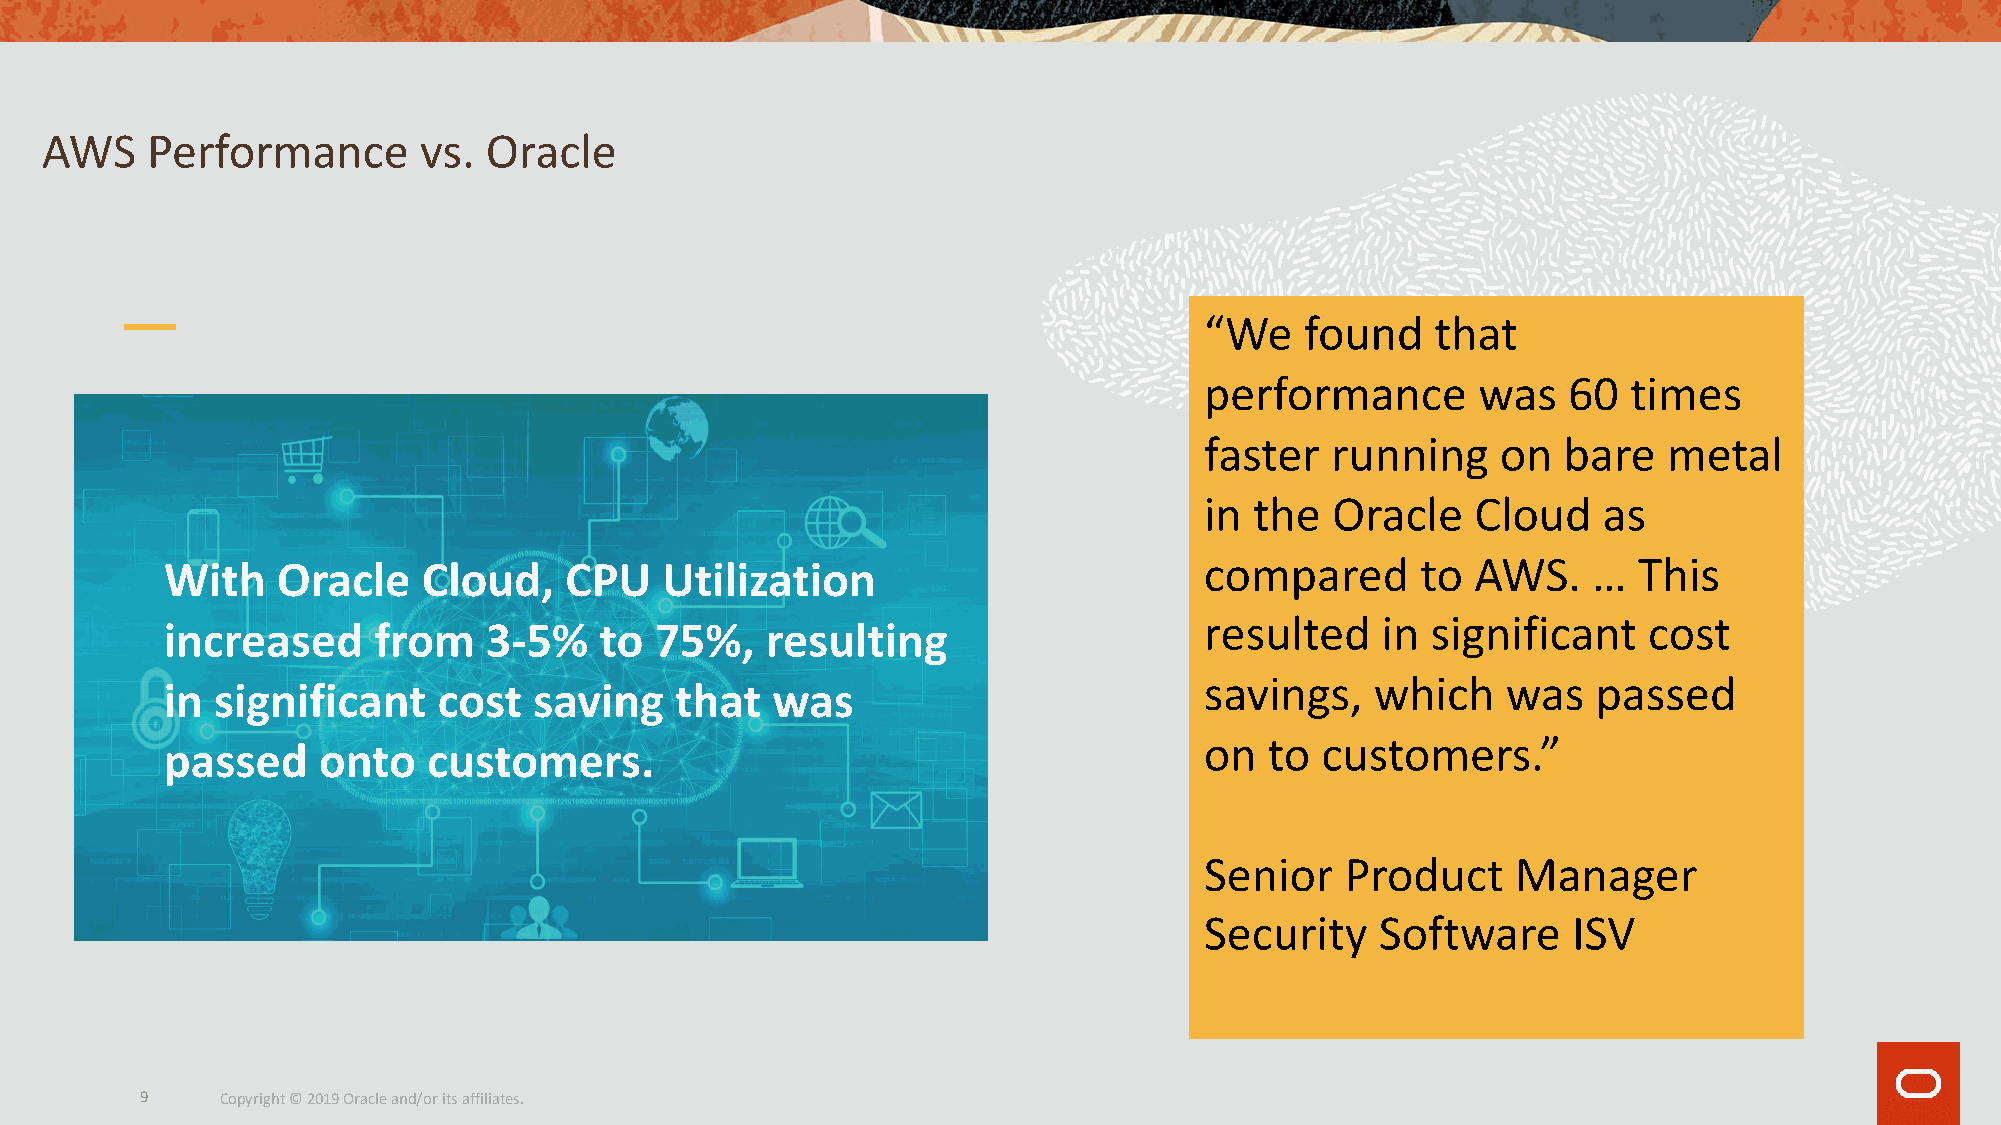
AWS    Performance       vs. Oracle
 “We   found    that
 performance       was   60  times
 faster  running    on  bare   metal
 in the  Oracle    Cloud   as
 With   Oracle    Cloud,   CPU    Utilization                         compared      to  AWS.   …  This
 resulted   in  significant   cost
 increased     from   3-5%    to 75%,    resulting
 savings,   which    was   passed
 in significant    cost  saving    that  was
 on  to customers.”
 passed    onto   customers.
 Senior   Product    Manager
 Security   Software     ISV
 9     Copyright © 2019 Oracle and/or its affiliates.